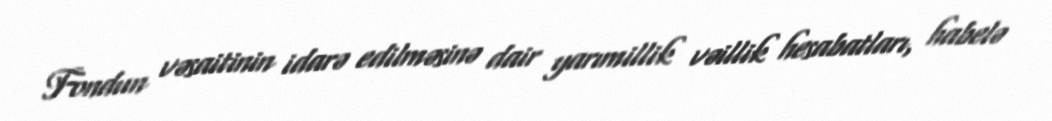
Fondun vəsaitinin idarə edilməsinə dair yarımillik vəillik hesabatları, habelə